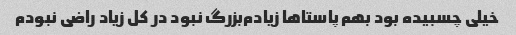
خیلی چسبیده بود بهم پاستاها زیادم‌بزرگ‌ نبود در کل زیاد راضی نبودم